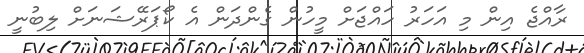
ރާއްޖެ އިން މި އަހަރު ހައްޖަށް މީހުން ގެންދަން އެ ކޯޕަރޭޝަނަށް ލިބުނީ